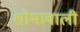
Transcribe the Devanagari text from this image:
शोभावाली